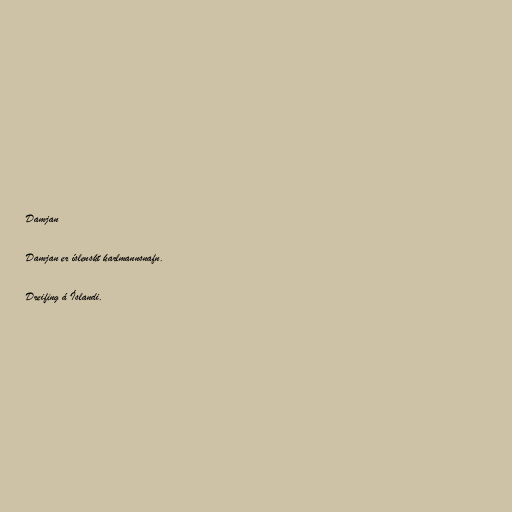
Damjan

Damjan er íslenskt karlmannsnafn.

Dreifing á Íslandi.